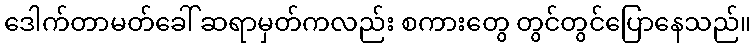
ဒေါက်တာမတ်ခေါ် ဆရာမှတ်ကလည်း စကားတွေ တွင်တွင်ပြောနေသည်။